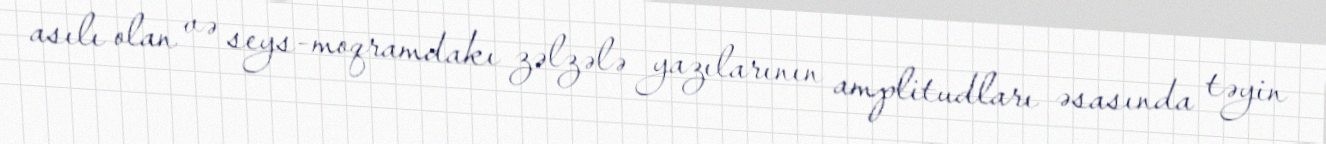
asılı olan və seys-moqramdakı zəlzələ yazılarının amplitudları əsasında təyin